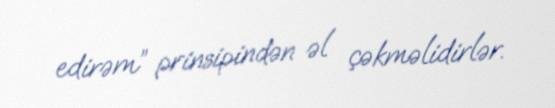
edirəm” prinsipindən əl çəkməlidirlər.